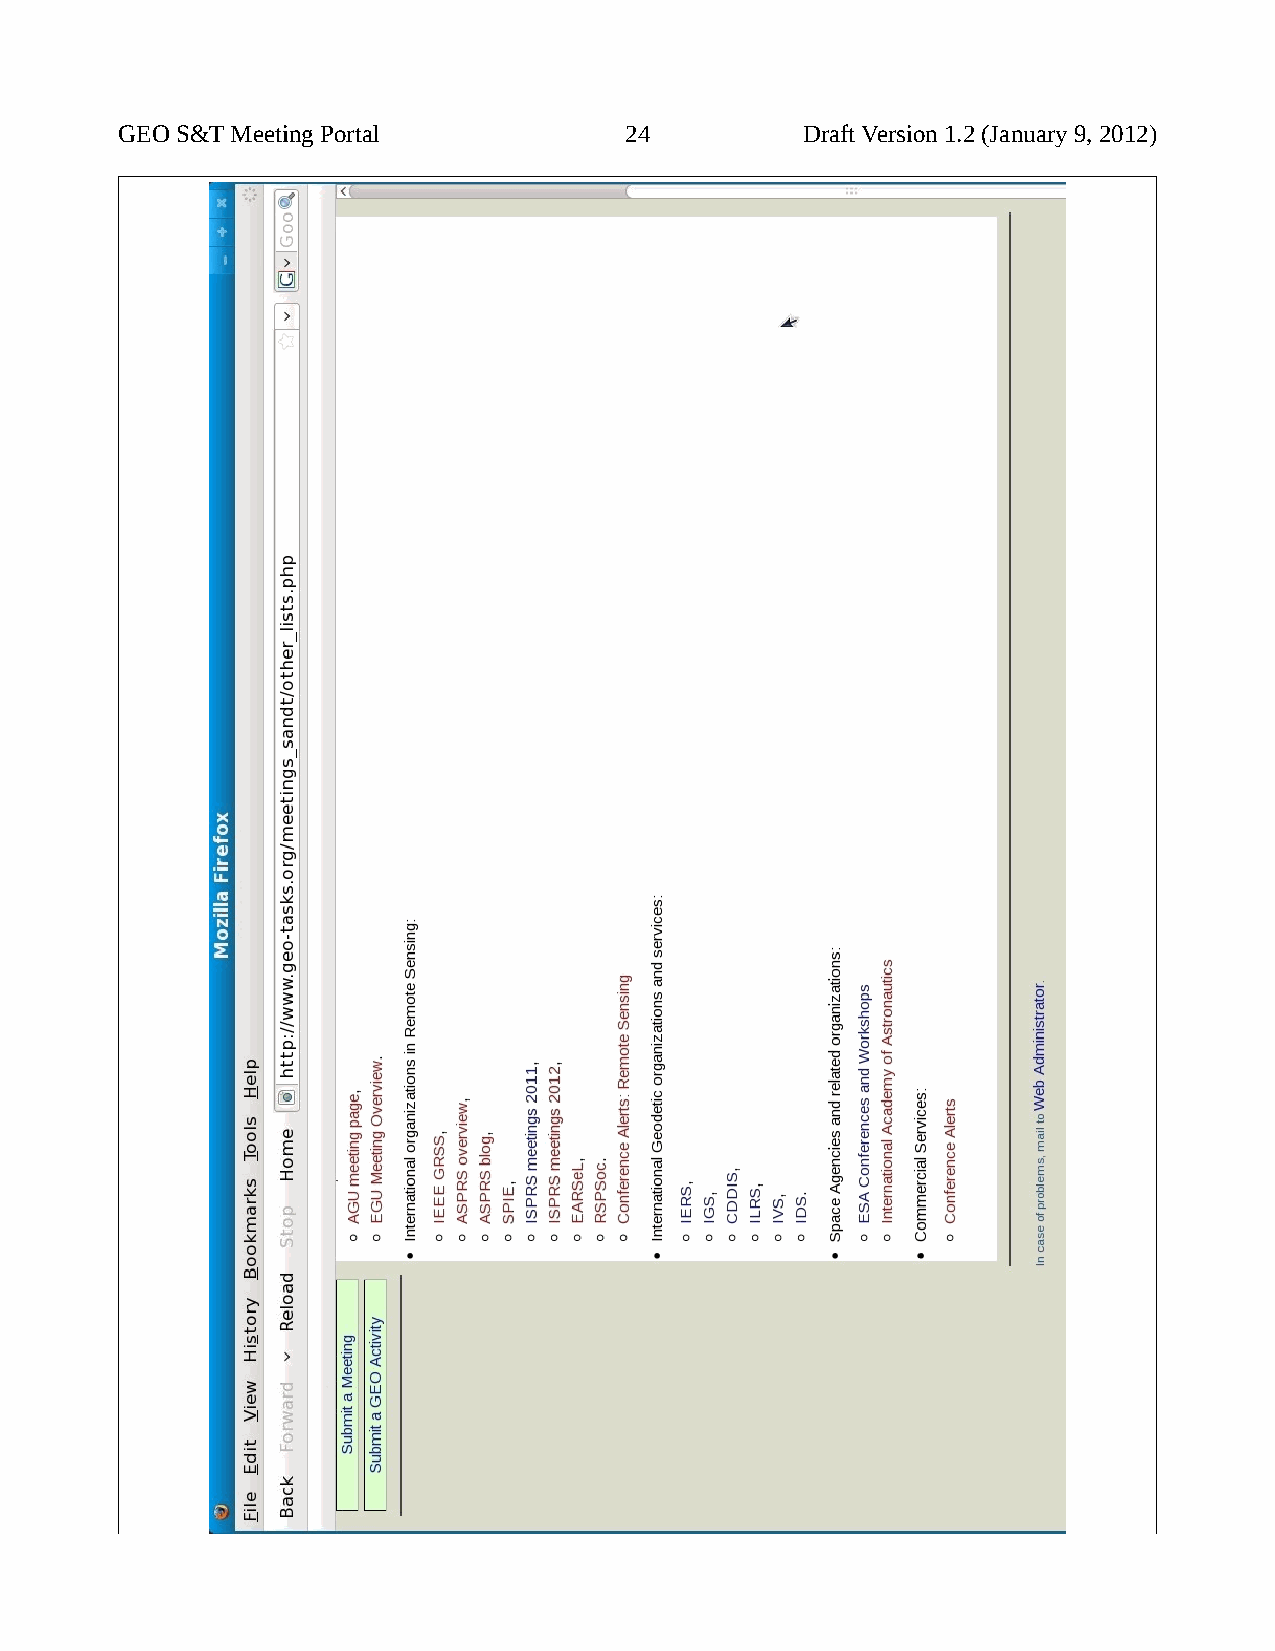
GEO S&T Meeting Portal           24          Draft Version 1.2 (January 9, 2012)